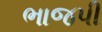
ભાજપી